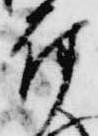
付